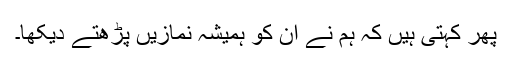
پھر کہتی ہیں کہ ہم نے ان کو ہمیشہ نمازیں پڑھتے دیکھا۔